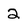
Character: 2